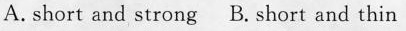
A. short and strong B. Short and thin